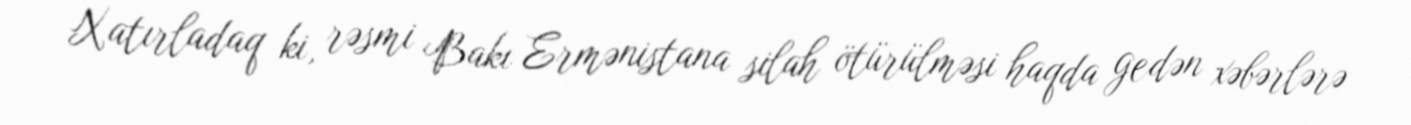
Xatırladaq ki, rəsmi Bakı Ermənistana silah ötürülməsi haqda gedən xəbərlərə